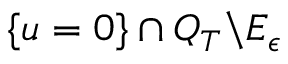
\{ u = 0 \} \cap Q _ { T } \backslash E _ { \epsilon }